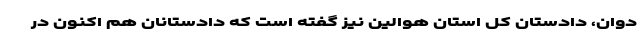
دوان، دادستان کل استان هوالین نیز گفته است که دادستانان هم اکنون در